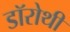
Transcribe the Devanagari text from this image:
डॉरोथी